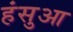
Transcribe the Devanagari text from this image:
हंसुआ